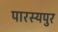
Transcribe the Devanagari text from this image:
पारस्यपुर